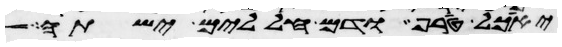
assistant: יאכל טרף ודם חללים ישתה